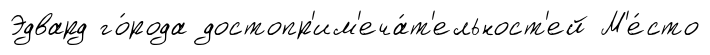
Эдвард го́рода достопр'им'еча́т'ельност'ей М'е́сто